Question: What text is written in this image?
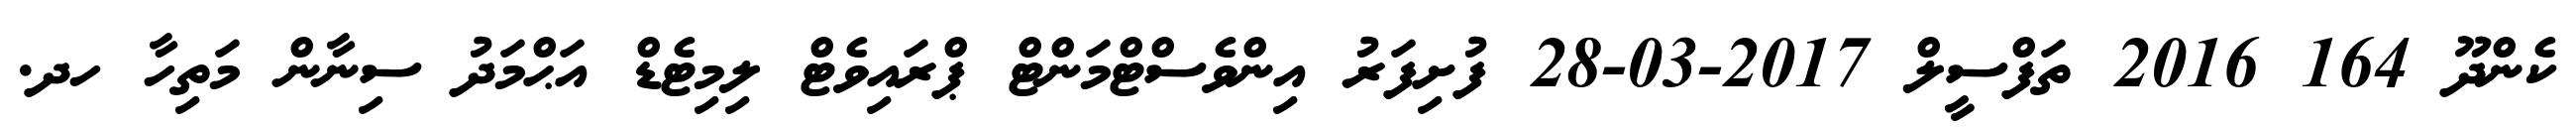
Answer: ކެންދޫ 164 2016 ތަފްސީލް 2017-03-28 ފުށިފަރު އިންވެސްޓްމަންޓް ޕްރައިވެޓް ލިމިޓެޑް އަޙްމަދު ސިނާން މަތިހާ ހދ.